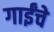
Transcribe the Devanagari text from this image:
गाईंचे